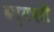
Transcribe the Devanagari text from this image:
कर्मचरी